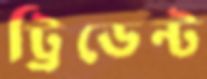
ট্রিডেন্ট